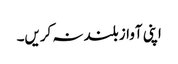
اپنی آواز بلند نہ کریں۔